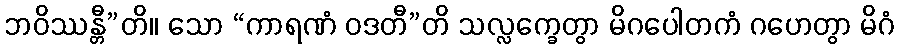
ဘဝိဿန္တီ”တိ။ သော “ကာရဏံ ဝဒတီ”တိ သလ္လက္ခေတွာ မိဂပေါတကံ ဂဟေတွာ မိဂံ